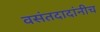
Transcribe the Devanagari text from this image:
वसंतदादांनीच